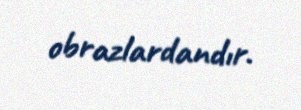
obrazlardandır.